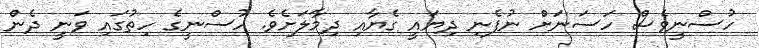
ހުސްނީވެސް ހަސަނަށް ނުފެނި ދިޔައީ ގެޔާއި ދިމާލަށެވެ. ހުސްނީގެ ހިތުގައި ވަނީ ދެން